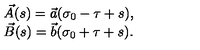
\begin{array} { l } { \vec { A } ( s ) = \vec { a } ( \sigma _ { 0 } - \tau + s ) , } \\ { \vec { B } ( s ) = \vec { b } ( \sigma _ { 0 } + \tau + s ) . } \\ \end{array}